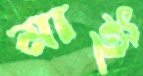
মাই